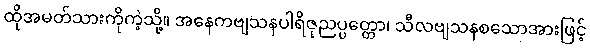
ထိုအမတ်သားကိုကဲ့သို့။ အနေကဗျသနပါရိဇုညပ္ပတ္တော၊ သီလဗျသနစသောအားဖြင့်